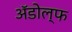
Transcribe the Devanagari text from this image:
अॅडोल्फ